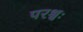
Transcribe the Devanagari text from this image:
परश्वः